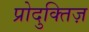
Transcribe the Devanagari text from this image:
प्रोदुक्तिज़